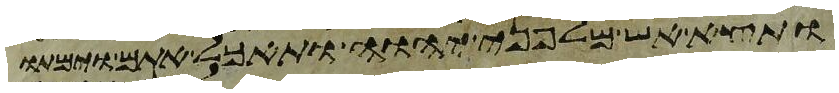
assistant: ותצא אש מלפני יהוה ותאכל אתם וימתו